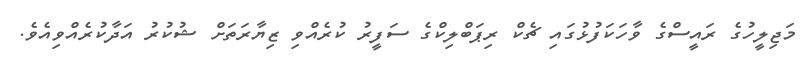
މަޖިލީހުގެ ރައީސްގެ ވާހަކަފުޅުގައި ޗެކް ރިޕަބްލިކްގެ ސަފީރު ކުރެއްވި ޒިޔާރަތަށް ޝުކުރު އަދާކުރެއްވިއެވެ.